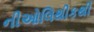
નીઓલિથીકથી